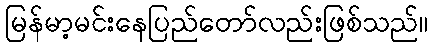
မြန်မာ့မင်းနေပြည်တော်လည်းဖြစ်သည်။